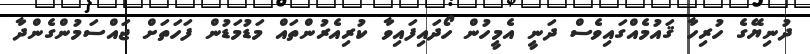
ދުނިޔޭގެ ހުރިހާ ޤައުމެއްގައިވެސް ދަނީ އެމީހުން ހޯދައިފައިވާ ކުރިއެރުންތައް މަޑުމަޑުން ފަހަތަށް ޖައްސަމުންގެންދާ